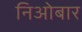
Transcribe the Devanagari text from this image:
निओबार